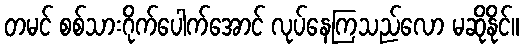
တမင် စစ်သားဂိုက်ပေါက်အောင် လုပ်နေကြသည်လော မဆိုနိုင်။